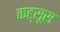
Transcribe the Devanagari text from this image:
कह्सूस